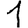
Digit: 1